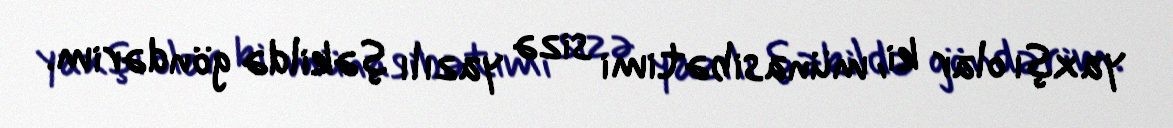
yaxşı olar ki, münasibətimi sizə yazılı şəkildə göndərim.